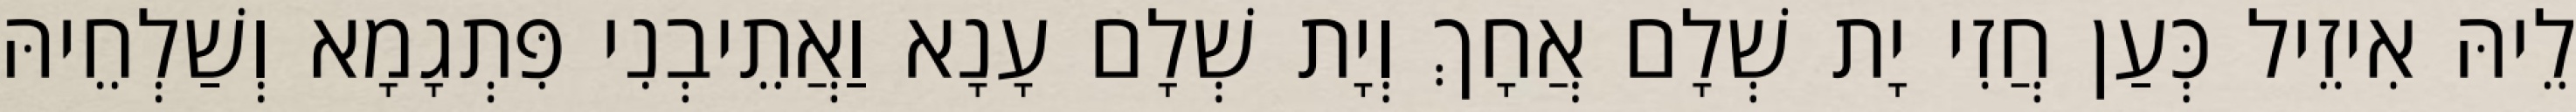
לֵיהּ אִיזֵיל כְּעַן חֲזִי יָת שְׁלָם אֲחָךְ וְיָת שְׁלָם עָנָא וַאֲתֵיבְנִי פִּתְגָמָא וְשַׁלְחֵיהּ